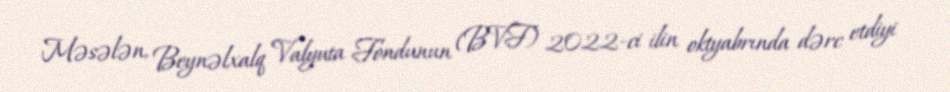
Məsələn, Beynəlxalq Valyuta Fondunun (BVF) 2022-ci ilin oktyabrında dərc etdiyi